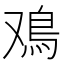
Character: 鳮